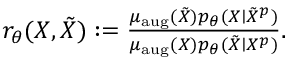
\begin{array} { r } { r _ { \theta } ( X , \tilde { X } ) : = \frac { \mu _ { \mathrm { a u g } } ( \tilde { X } ) p _ { \theta } ( X \mid \tilde { X } ^ { p } ) } { \mu _ { \mathrm { a u g } } ( X ) p _ { \theta } ( \tilde { X } \mid X ^ { p } ) } . } \end{array}